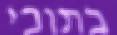
בתוכי